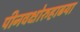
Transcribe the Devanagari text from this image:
पीनवक्षोरुहाढया